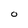
Character: O